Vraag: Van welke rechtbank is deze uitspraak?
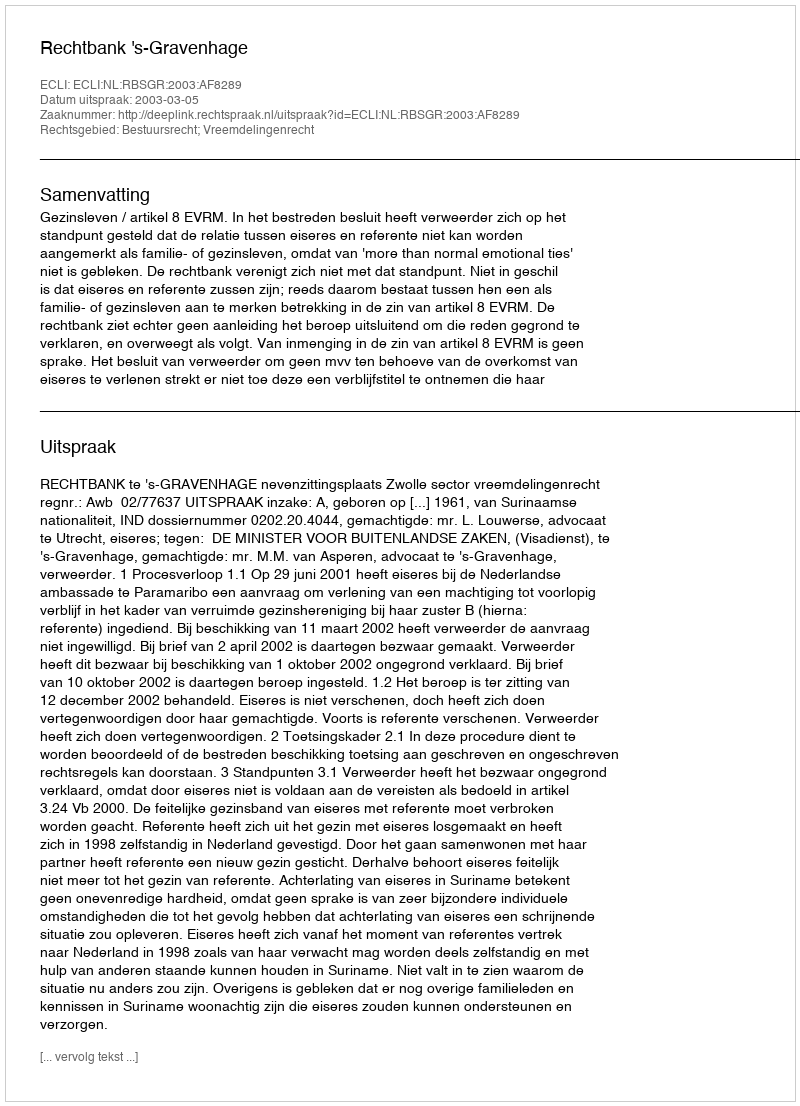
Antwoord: Rechtbank 's-Gravenhage